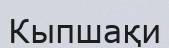
Кыпшақи